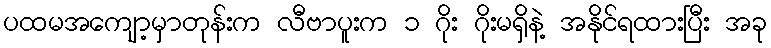
ပထမအကျော့မှာတုန်းက လီဗာပူးက ၁ ဂိုး ဂိုးမရှိနဲ့ အနိုင်ရထားပြီး အခု